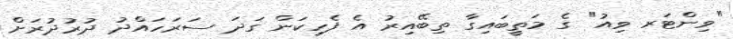
"ވިންޓަރ ވިއު" ގެ މަތީބައިގާ ތިބޭއިރު އެ ފެހިކަން ގަދަ ސަރަހައްދު ދުރުދުރަށް